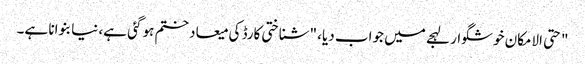
" حتی الامکان خوشگوار لہجے میں جواب دیا، "شناختی کارڈ کی میعاد ختم ہو گئی ہے، نیا بنوانا ہے۔